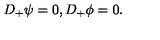
D _ { + } \psi = 0 , D _ { + } \phi = 0 .